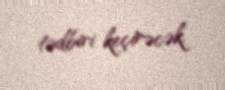
tədbiri keçirəcək.